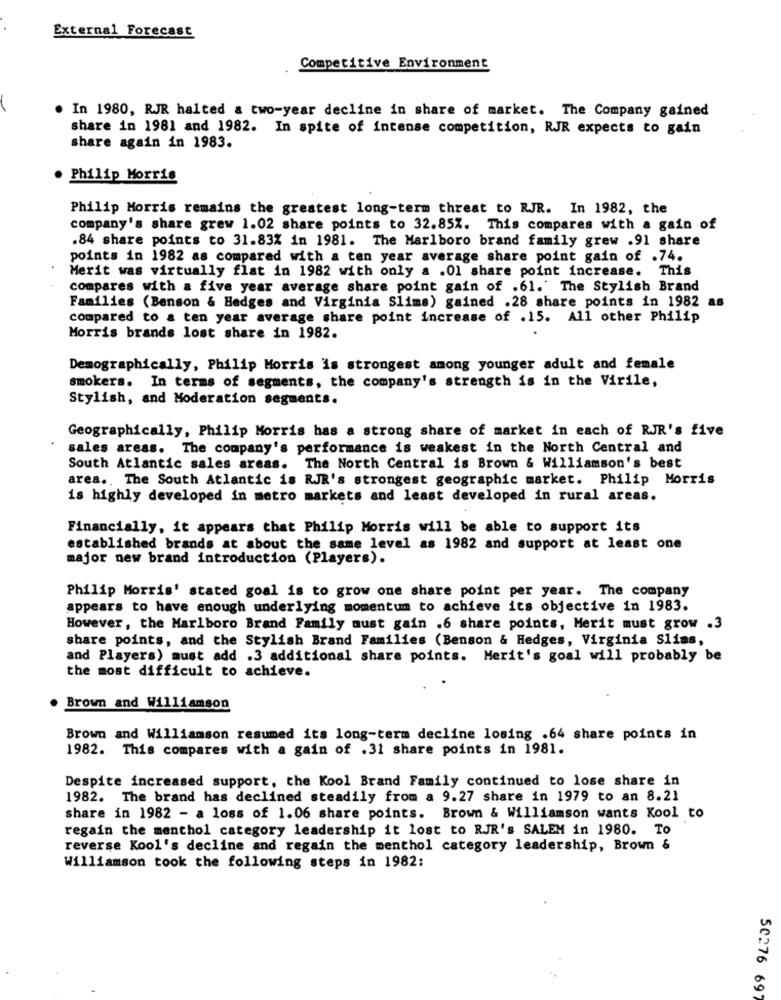
External Forecast
Competitive Environment
In 1980, RJR halted & two-year decline in share of market. The Company gained
share in 1981 and 1982. In spite of intense competition, RJR expects to gain
share again in 1983.
Philip Morris
Philip Morris remains the greatest long-term threat to RJR. In 1982, the
company's share grew 1.02 share points to 32.85%. This compares with a gain of
.84 share points to 31.83% in 1981. The Marlboro brand family grew .91 share
points in 1982 as compared with a ten year average share point gain of .74.
Merit was virtually flat in 1982 with only a .01 share point increase. This
compares with a five year average share point gain of .61. The Stylish Brand
Families (Benson & Hedges and Virginia Slims) gained .28 share points in 1982 as
compared to & ten year average share point increase of .15. All other Philip
Morris brands lost share in 1982.
Demographically, Philip Morris is strongest among younger adult and female
smokers. In terms of segments, the company's strength is in the Virile,
Stylish, and Moderation segments.
Geographically, Philip Morris has a strong share of market in each of RJR's five
sales areas. The company's performance is weakest in the North Central and
South Atlantic sales areas. The North Central is Brown & Williamson's best
area .. The South Atlantic is RJR's strongest geographic market. Philip Morris
is highly developed in metro markets and least developed in rural areas.
Financially, it appears that Philip Morris will be able to support its
established brands at about the same level as 1982 and support at least one
major new brand introduction (Players).
Philip Morris' stated goal is to grow one share point per year. The company
appears to have enough underlying momentum to achieve its objective in 1983.
However, the Marlboro Brand Family must gain .6 share points, Merit must grow .3
share points, and the Stylish Brand Families (Benson & Hedges, Virginia Slims,
and Players) must add .3 additional share points. Merit's goal will probably be
the most difficult to achieve.
Brown and Williamson
Brown and Williamson resumed its long-term decline losing .64 share points in
1982. This compares with a gain of .31 share points in 1981.
Despite increased support, the Kool Brand Family continued to lose share in
1982. The brand has declined steadily from a 9.27 share in 1979 to an 8.21
share in 1982 - a loss of 1.06 share points. Brown & Williamson wants Kool to
regain the menthol category leadership it lost to RJR's SALEM in 1980. To
reverse Kool's decline and regain the menthol category leadership, Brown &
Williamson took the following steps in 1982:
50276 697